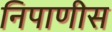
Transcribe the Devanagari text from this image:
निपाणीस